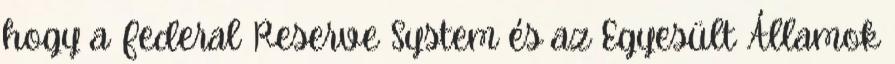
hogy a Federal Reserve System és az Egyesült Államok